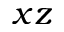
x z